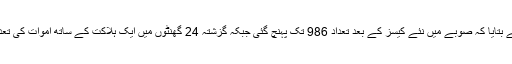
وزیراعلیٰ سندھ نے بتایا کہ صوبے میں نئے کیسز کے بعد تعداد 986 تک پہنچ گئی جبکہ گزشتہ 24 گھنٹوں میں ایک ہلاکت کے ساتھ اموات کی تعداد 18 ہوگئی ہے۔